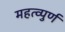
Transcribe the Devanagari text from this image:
महत्व्पुर्ण